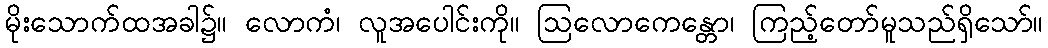
မိုးသောက်ထအခါ၌။ လောကံ၊ လူအပေါင်းကို။ ဩလောကေန္တော၊ ကြည့်တော်မူသည်ရှိသော်။